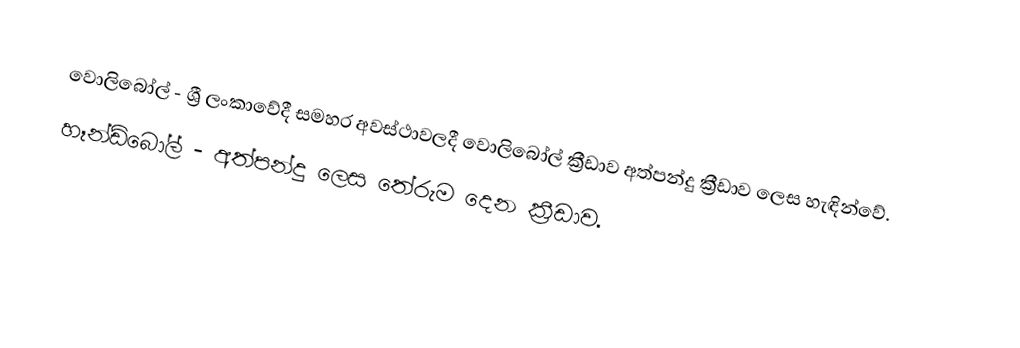
වොලිබෝල් - ශ්‍රී ලංකාවේදී සමහර අවස්ථාවලදී වොලිබෝල් ක්‍රීඩාව අත්පන්දු ක්‍රීඩාව ලෙස හැඳින්වේ.
 හෑන්ඩ්බෝල් - අත්පන්දු ලෙස තේරුම දෙන ක්‍රීඩාව.